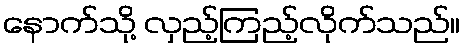
နောက်သို့ လှည့်ကြည့်လိုက်သည်။